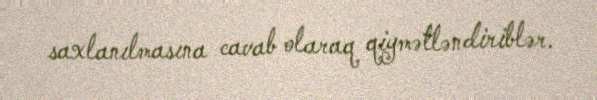
saxlanılmasına cavab olaraq qiymətləndiriblər.